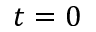
t = 0